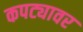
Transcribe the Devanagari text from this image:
कपट्यावर